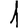
Digit: 1